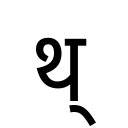
OCR:
थ्